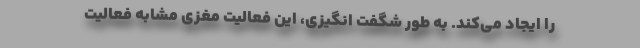
را ایجاد می‌کند. به طور شگفت انگیزی، این فعالیت مغزی مشابه فعالیت